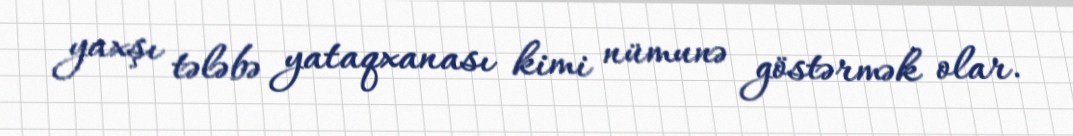
yaxşı tələbə yataqxanası kimi nümunə göstərmək olar.